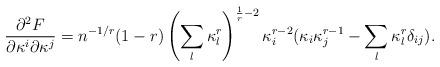
LaTeX: \begin{align*}\frac{\partial^2 F}{\partial \kappa^i \partial \kappa^j} = n^{-1/r} (1-r) \left(\sum_{l} \kappa_l^r \right)^{\frac{1}{r} - 2} \kappa_i^{r-2}( \kappa_i \kappa_j^{r-1} - \sum_{l} \kappa_l^r \delta_{ij} ).\end{align*}